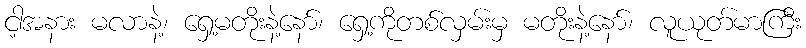
ငါ့အနား မလာနဲ့၊ ရှေ့မတိုးနဲ့နော်၊ ရှေ့ကိုတစ်လှမ်းမှ မတိုးနဲ့နော်၊ လူယုတ်မာကြီး